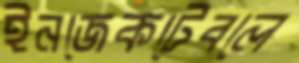
ইনজেকটেবলে